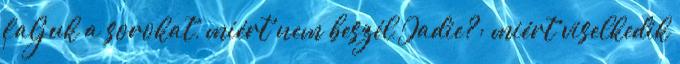
faljuk a sorokat, miért nem beszél Jadie?; miért viselkedik